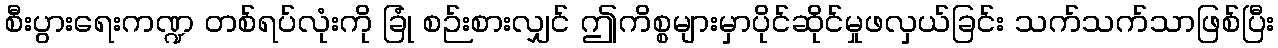
စီးပွားရေးကဏ္ဍ တစ်ရပ်လုံးကို ခြုံ စဉ်းစားလျှင် ဤကိစ္စများမှာပိုင်ဆိုင်မှုဖလှယ်ခြင်း သက်သက်သာဖြစ်ပြီး